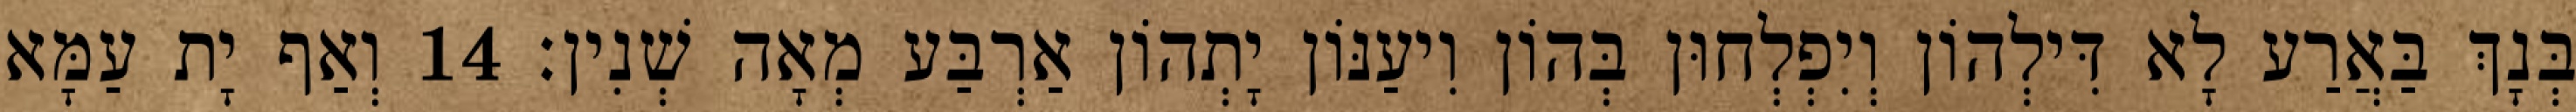
בְּנָךְ בַּאֲרַע לָא דִּילְהוֹן וְיִפְלְחוּן בְּהוֹן וִיעַנּוֹן יָתְהוֹן אַרְבַּע מְאָה שְׁנִין׃ 14 וְאַף יָת עַמָּא